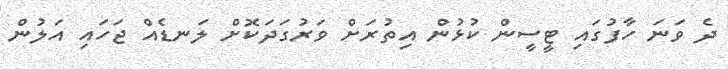
ދެ ވަނަ ހާފުގައި ޓީސީން ކުޅުން އިތުރަށް ވަރުގަދަކޮށް ލަނޑެއް ޖަހައި އަލުން